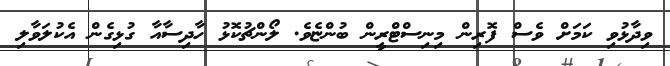
ވިދާޅުވި ކަމަށް ވެސް ފޮރިން މިނިސްޓްރީން ބުންޏެވެ. ލޯންޗުކޮޅު ހާދިސާއާ ގުޅިގެން އެކުލަވާލި